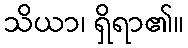
သိယာ၊ ရှိရာ၏။